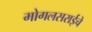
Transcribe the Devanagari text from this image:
मोगलसराईचे